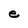
Character: e